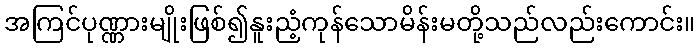
အကြင်ပုဏ္ဏားမျိုးဖြစ်၍နူးညံ့ကုန်သောမိန်းမတို့သည်လည်းကောင်း။